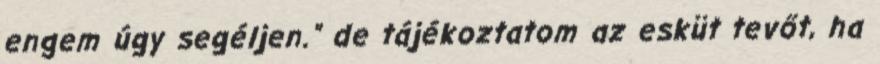
engem úgy segéljen.” de tájékoztatom az esküt tevőt, ha